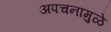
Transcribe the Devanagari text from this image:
अपचनामुळे